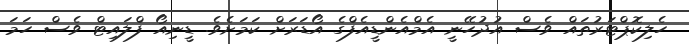
ހެލިކޮޕްޓަރުތައް ވެސް އުދުހޭނީ އެމްއެންޑީއެފްގެ އޯޑަރަށް ކަމަށެވެ. ޑީނިއޯ ފްލައިޓް ވެސް ހަމަ